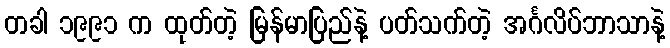
တခါ ၁၉၉၁ က ထုတ်တဲ့ မြန်မာပြည်နဲ့ ပတ်သက်တဲ့ အင်္ဂလိပ်ဘာသာနဲ့